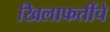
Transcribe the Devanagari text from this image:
खिलाफतींचे